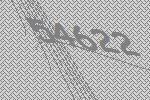
54622